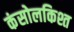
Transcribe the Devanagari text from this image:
कंसोलकिश्त